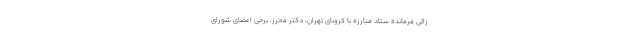
زالی فرمانده ستاد مبارزه با کرونای تهران، دکتر محرز، برخی اعضای شورای